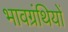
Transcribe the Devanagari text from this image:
भावग्रंथियों